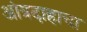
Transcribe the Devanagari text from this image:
आंत्रदाहाचा